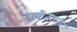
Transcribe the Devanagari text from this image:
लयीताली